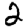
Digit: 2